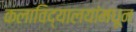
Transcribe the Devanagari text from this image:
कलाविद्यालयांमधून